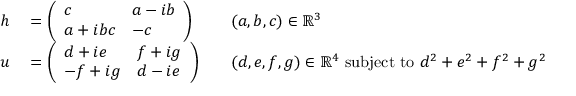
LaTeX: \begin{array} { r l r l } { h } & { { } = { \left( \begin{array} { l l } { c } & { a - i b } \\ { a + i b c } & { - c } \end{array} \right) } } & { } & { { } ( a , b , c ) \in \mathbb { R } ^ { 3 } } \\ { u } & { { } = { \left( \begin{array} { l l } { d + i e } & { f + i g } \\ { - f + i g } & { d - i e } \end{array} \right) } } & { } & { { } ( d , e , f , g ) \in \mathbb { R } ^ { 4 } { \mathrm { ~ s u b j e c t ~ t o ~ } } d ^ { 2 } + e ^ { 2 } + f ^ { 2 } + g ^ { 2 } = 1 . } \end{array}